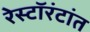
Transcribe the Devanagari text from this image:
रेस्टॉरंटांत